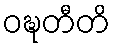
ဝဍ္ဎတီတိ